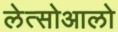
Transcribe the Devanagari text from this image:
लेत्सोआलो